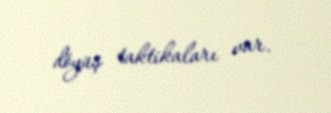
döyüş taktikaları var.